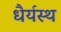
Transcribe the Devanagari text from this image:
धैर्यस्थ